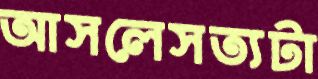
আসলেসত্যটা